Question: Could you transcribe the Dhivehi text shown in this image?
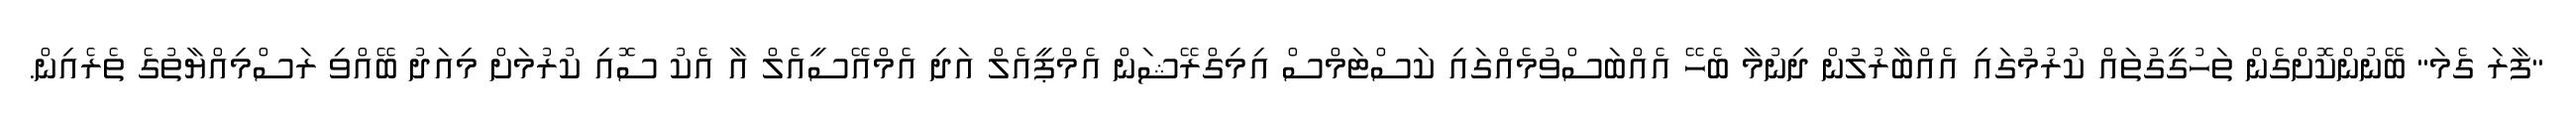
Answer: "ފާރަ ގެމަ" ބޭނުންކޮށްގެން ތަހުގީގުތައް ކުރުމުގައި އެއްބާރުލުން ދިނުމާ ބެހޭ އެއްބަސްވުމެއްގައި ކަސްޓަމްސް އިމިގްރޭޝަން އެމްޕީއެލް އަދި އެމްއޭސީއެލް އާ އެކު ސޮއި ކުރުމަށް މިއަދު ބޭއްވި ރަސްމިއްޔާތުގެ ތެރެއިން.